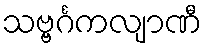
သဗ္ဗင်္ဂကလျာဏီ